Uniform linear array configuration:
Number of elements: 32
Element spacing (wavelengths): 0.25
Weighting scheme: blackman
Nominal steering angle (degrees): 45
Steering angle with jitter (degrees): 46.49
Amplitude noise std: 0.05
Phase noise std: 0.05

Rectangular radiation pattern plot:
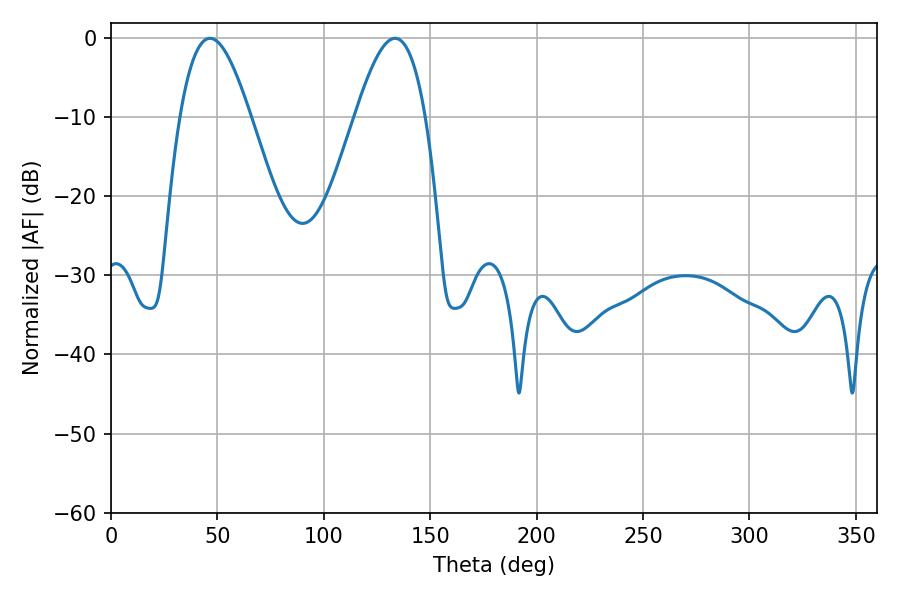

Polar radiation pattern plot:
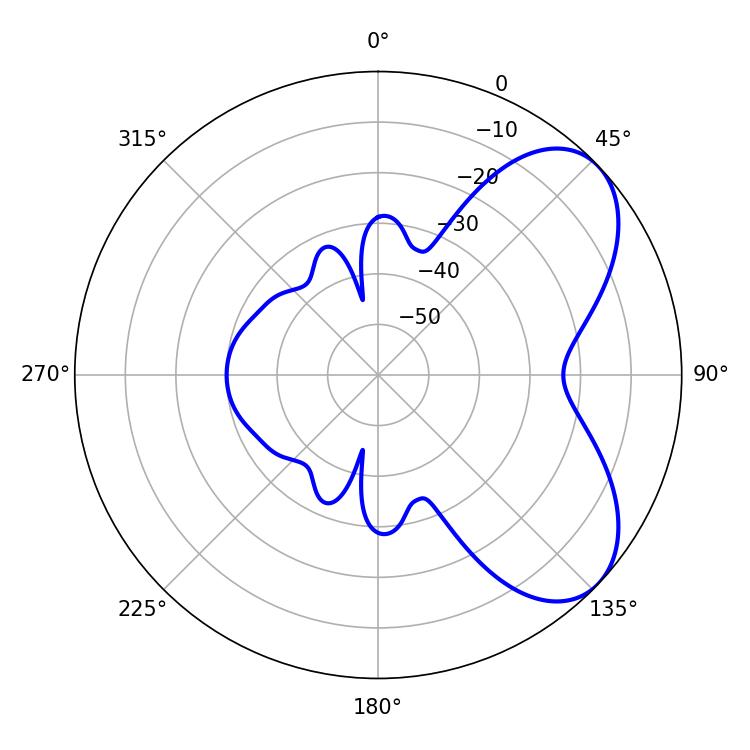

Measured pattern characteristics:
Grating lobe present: FALSE
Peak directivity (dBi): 5.985
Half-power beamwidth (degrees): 17.82
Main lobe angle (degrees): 46.44